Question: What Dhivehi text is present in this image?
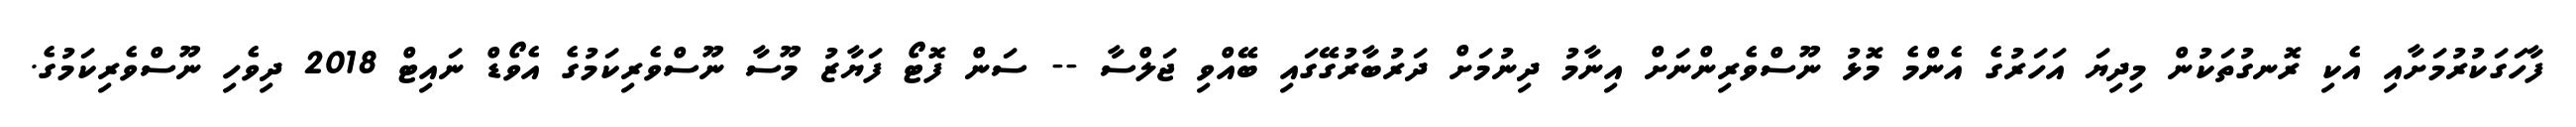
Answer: ފާހަގަކުރުމަށާއި އެކި ރޮނގުތަކުން މިދިޔަ އަހަރުގެ އެންމެ މޮޅު ނޫސްވެރިންނަށް އިނާމު ދިނުމަށް ދަރުބާރުގޭގައި ބޭއްވި ޖަލްސާ -- ސަން ފޮޓޯ ފަޔާޒު މޫސާ ނޫސްވެރިކަމުގެ އެވޯޑް ނައިޓް 2018 ދިވެހި ނޫސްވެރިކަމުގެ.